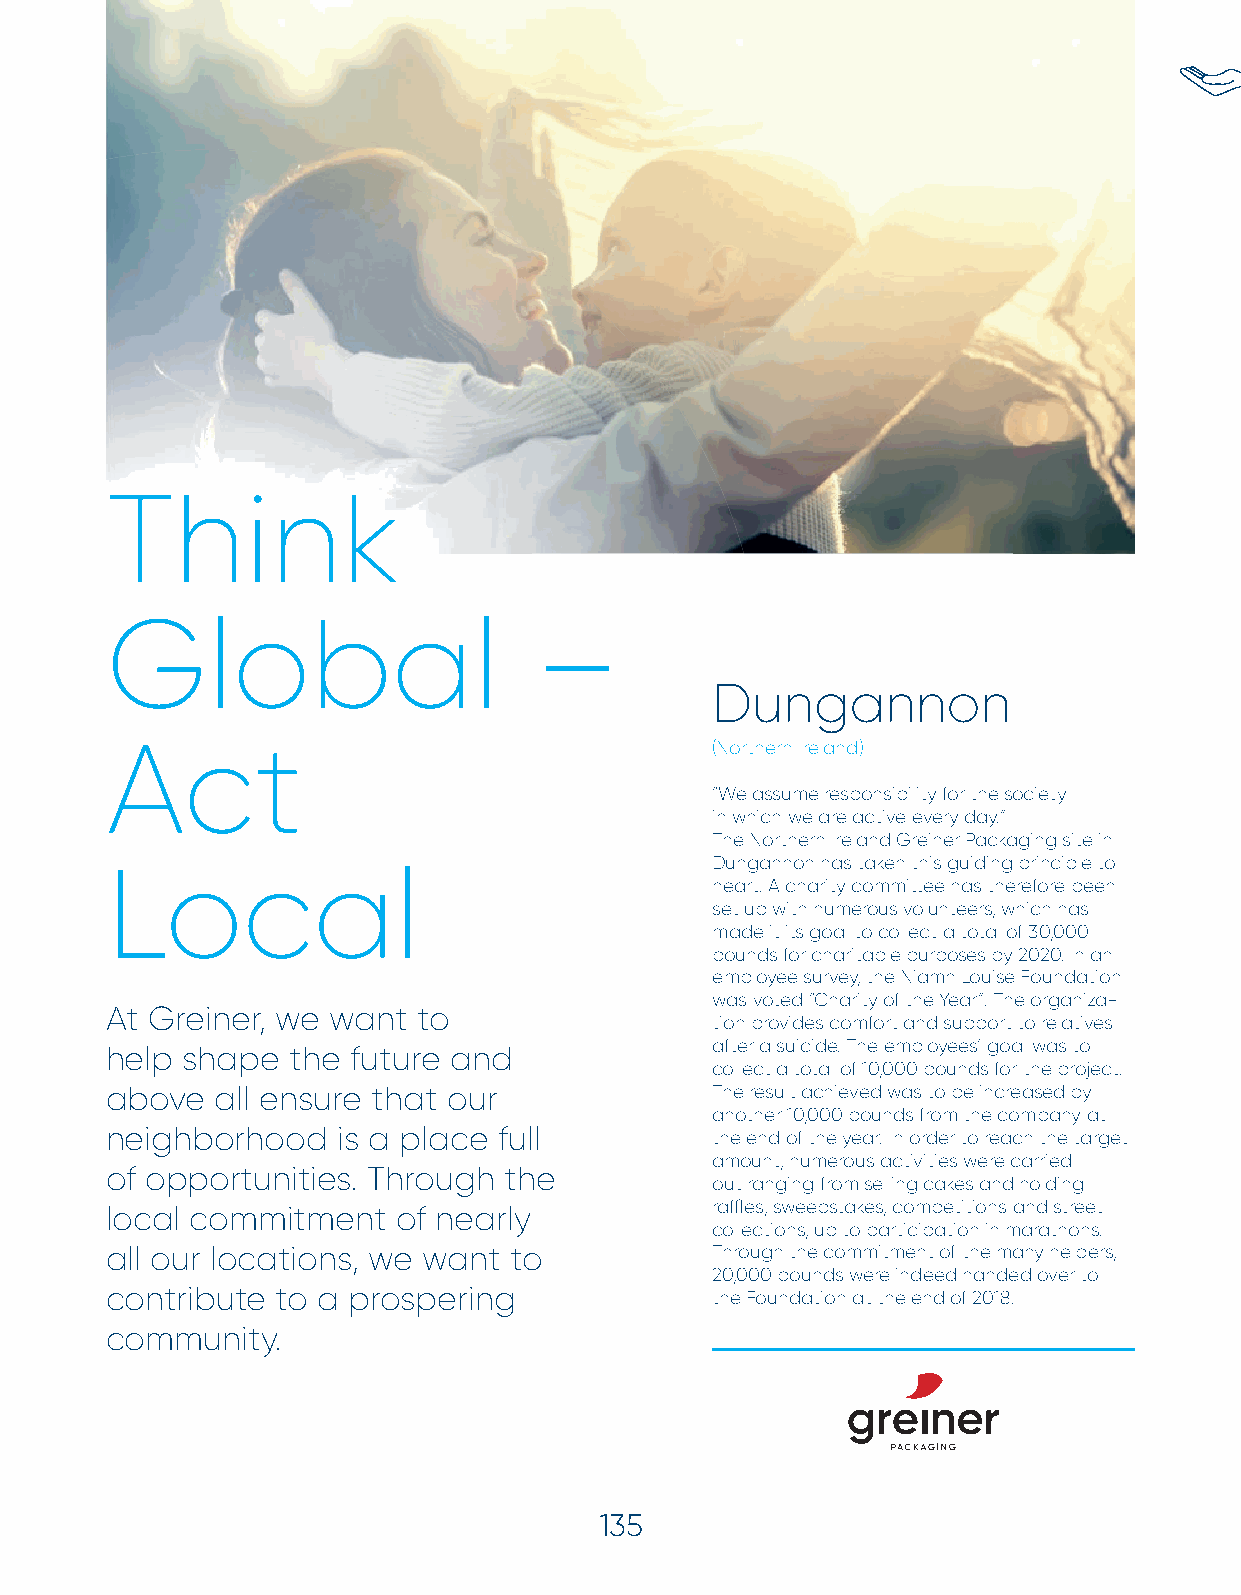
Social Commitment
 Think
 Global                      –
 Dungannon
 Act                                     (Northern Ireland)
 “We assume responsibility for the society
 in which we are active every day.”
 The Northern Ireland Greiner Packaging site in
 Dungannon has taken this guiding principle to
 Local
 heart. A charity committee has therefore been
 set up with numerous volunteers, which has
 made it its goal to collect a total of 30,000
 pounds for charitable purposes by 2020. In an
 employee survey, the Niamh Louise Foundation
 was voted “Charity of the Year”. The organiza-
 At Greiner, we want  to
 tion provides comfort and support to relatives
 after a suicide. The employees’ goal was to
 help shape  the future and
 collect a total of 10,000 pounds for the project.
 above  all ensure that our              The result achieved was to be increased by
 another 10,000 pounds from the company at
 neighborhood   is a place full          the end of the year. In order to reach the target
 amount, numerous activities were carried
 of opportunities. Through the
 out ranging from selling cakes and holding
 raffl es, sweepstakes, competitions and street
 local commitment   of nearly
 collections, up to participation in marathons.
 all our locations, we want to           Through the commitment of the many helpers,
 20,000 pounds were indeed handed over to
 contribute to a prospering              the Foundation at the end of 2018.
 community.
 135